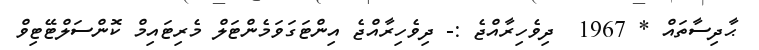
ޙާދިސާތައް * 1967  ދިވެހިރާއްޖެ :- ދިވެހިރާއްޖެ އިންޓަގަވަމެންޓަލް މެރިޓައިމް ކޮންސަލްޓޭޓިވް